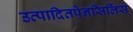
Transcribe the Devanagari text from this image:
उत्पादितपेनसिलिंस